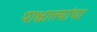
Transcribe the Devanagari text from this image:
पाश्चात्त्यांचा